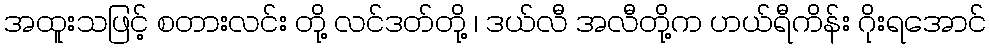
အထူးသဖြင့် စတားလင်း တို့ လင်ဒတ်တို့ ၊ ဒယ်လီ အလီတို့က ဟယ်ရီကိန်း ဂိုးရအောင်